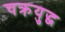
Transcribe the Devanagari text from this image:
चक्रयुद्ध